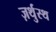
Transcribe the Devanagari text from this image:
ज़र्थुस्थ